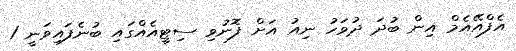
އެފްއޭއެމް އިން ބުދަ ދުވަހު ނިއު އަށް ފޮނުވި ސިޓީއެއްގައި ބުނެފައިވަނީ 1